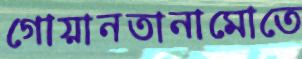
গোয়ানতানামোতে